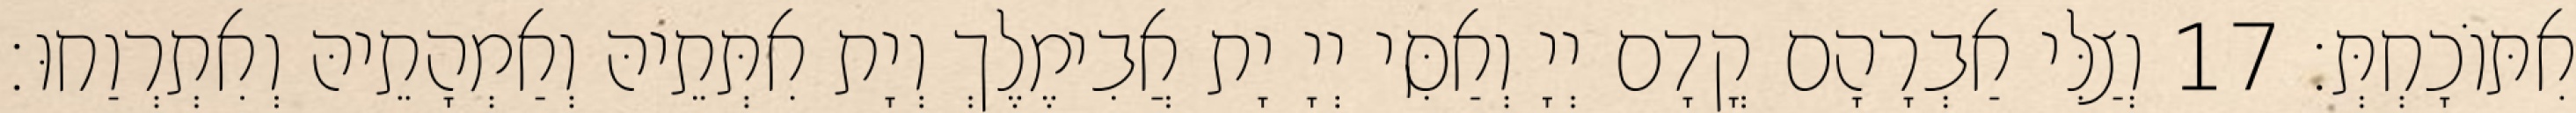
אִתּוֹכָחְתְּ׃ 17 וְצַלִּי אַבְרָהָם קֳדָם יְיָ וְאַסִּי יְיָ יָת אֲבִימֶלֶךְ וְיָת אִתְּתֵיהּ וְאַמְהָתֵיהּ וְאִתְרְוַחוּ׃